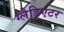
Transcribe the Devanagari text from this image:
ग्‍लैडिएटर